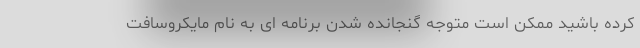
کرده باشید ممکن است متوجه گنجانده شدن برنامه ای به نام مایکروسافت